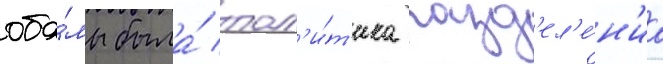
оба́мы была́ пол'и́т'ика разд'ел'е́н'иа